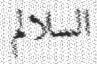
السلالم